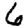
Digit: 6